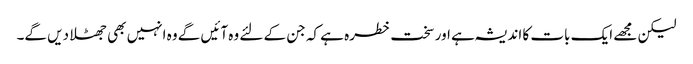
لیکن مجھے ایک بات کا اندیشہ ہے اور سخت خطرہ ہے کہ جن کے لئے وہ آئیں گے وہ انہیں بھی جھٹلا دیں گے۔